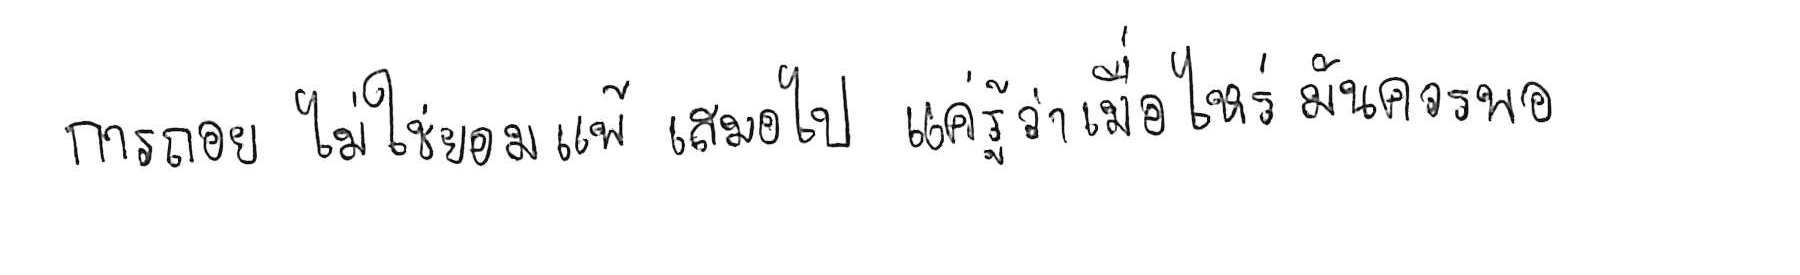
การถอย ไม่ใช่ยอมแพ้ เสมอไป แค่รู้ว่าเมื่อไหร่ มันควรพอ